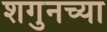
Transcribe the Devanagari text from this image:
शगुनच्या